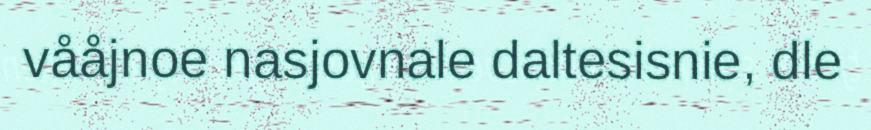
vååjnoe nasjovnale daltesisnie, dle